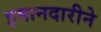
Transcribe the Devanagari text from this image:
इमानदारीने